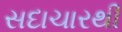
સદાચારથી